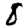
Digit: 8